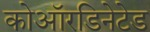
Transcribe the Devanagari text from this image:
कोऑरडिनेटेड